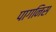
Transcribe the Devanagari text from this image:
पागनिस